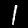
Digit: 1